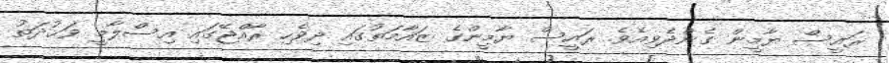
ރައީސް ޔާމީން ގެންދެވިއެވެ. ރައީސް ޔާމީންގެ ޒައާމަތުގައި ދިވެހި ރާއްޖޭގައި އިސްލާމީ ވަޙުދަތު